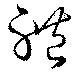
軆